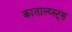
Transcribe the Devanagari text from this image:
काताल्य्स्ट्स